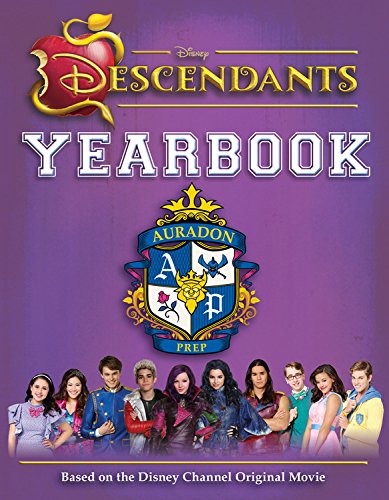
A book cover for Disney Descendants Yearbook; Disney; Children's Books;